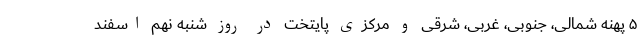
۵ پهنه شمالی، جنوبی، غربی، شرقی و مرکزی پایتخت در روز شنبه نهم اسفند